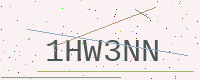
Text: 1HW3NN